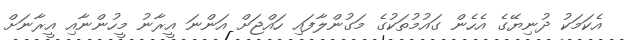
އެކަމަކު ދުނިޔޭގެ އެހެން ގައުމުތަކުގެ މަގުންލާފައި ހައްޖަށް އަންނަ އީރާނު މީހުންނާއި އީރާނަށް